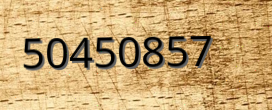
50450857